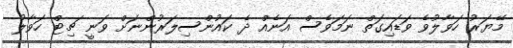
މޭޔަރު ހަވާލުވެ ވަޑައިގަތް ނަމަވެސް އަނެއް ދެ ކައުންސިލަރުންނަށް ވަނީ ޗިޓް ހަވާލު